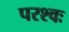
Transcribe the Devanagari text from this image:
परश्वः